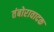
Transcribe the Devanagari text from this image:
तंबोरावादक